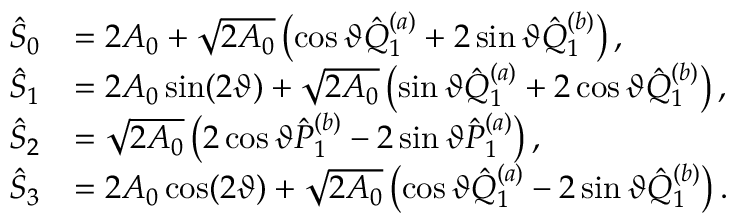
\begin{array} { r l } { \hat { \cal S } _ { 0 } } & { = 2 A _ { 0 } + \sqrt { 2 A _ { 0 } } \left( \cos \vartheta \hat { Q } _ { 1 } ^ { ( a ) } + 2 \sin \vartheta \hat { Q } _ { 1 } ^ { ( b ) } \right) , } \\ { \hat { \cal S } _ { 1 } } & { = 2 A _ { 0 } \sin ( 2 \vartheta ) + \sqrt { 2 A _ { 0 } } \left( \sin \vartheta \hat { Q } _ { 1 } ^ { ( a ) } + 2 \cos \vartheta \hat { Q } _ { 1 } ^ { ( b ) } \right) , } \\ { \hat { \cal S } _ { 2 } } & { = \sqrt { 2 A _ { 0 } } \left( 2 \cos \vartheta \hat { P } _ { 1 } ^ { ( b ) } - 2 \sin \vartheta \hat { P } _ { 1 } ^ { ( a ) } \right) , } \\ { \hat { \cal S } _ { 3 } } & { = 2 A _ { 0 } \cos ( 2 \vartheta ) + \sqrt { 2 A _ { 0 } } \left( \cos \vartheta \hat { Q } _ { 1 } ^ { ( a ) } - 2 \sin \vartheta \hat { Q } _ { 1 } ^ { ( b ) } \right) . } \end{array}